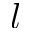
l